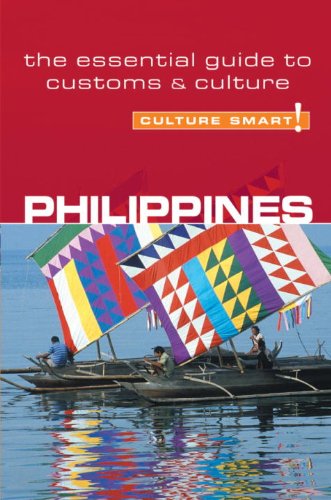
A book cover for Philippines - Culture Smart!: the essential guide to customs & culture; Graham Colin-Jones; Travel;